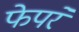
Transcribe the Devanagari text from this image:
फेपरे